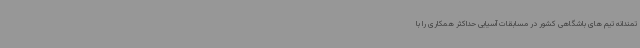
تمندانه تیم های باشگاهی کشور در مسابقات آسیایی حداکثر همکاری را با